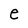
Character: e